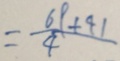
= \frac { 6 9 + 4 1 } { 4 }